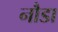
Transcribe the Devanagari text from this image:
नौडा